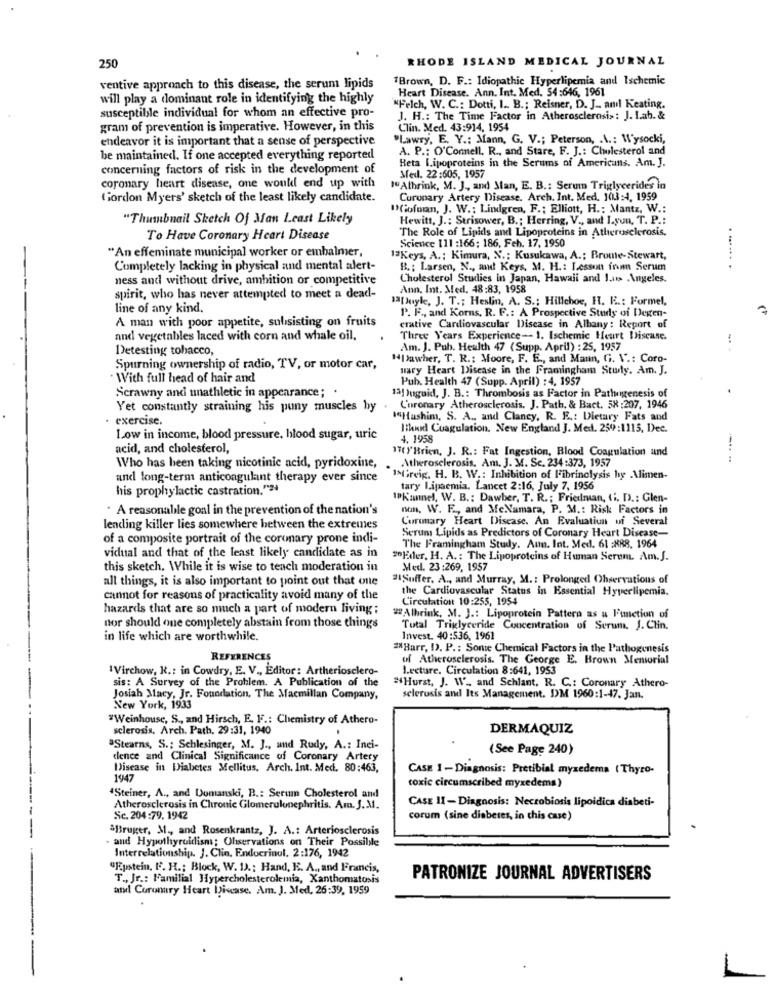
250
RHODE ISLAND MEDICAL JOURNAL
1Brown, D. F .: Idiopathic Hyperlipemia and Ischemic
ventive approach to this disease, the serum lipids
Heart Disease. Ann. Int. Med. 54:646, 1961
will play a dominant role in identifying the highly
"Felch, W. C .: Dotti, I. B .; Reisner, D. J .. anıl Keating.
susceptible individual for whom an effective pro-
J. H .: The Time Factor in Atherosclerosis: J. I.ah. &
gram of prevention is imperative. However, in this
Clin. Med. 43:914, 1954
endeavor it is important that a sense of perspective
"Lawry, E. Y .: Mann, G. V .; Peterson, . A .: Wysocki,
A. P .: O'Connell. R ., and Stare, F. J .: Cholesterol and
be maintained. If one accepted everything reported
concerning factors of risk in the development of
Beta Lipoproteins in the Serums of Americans. Am. J.
Med. 22:605, 1957
coronary heart disease, one would end up with
" Athrink, M. J ., and Man, E. B .: Serum Triglycerides in
(fordon Myers' sketch of the least likely candidate.
Coronary Artery Disease. Arch. Int. Med. 103:4, 1959
"Cofman, J. W .; Lindgren, F .; Elliott, H .: Mantz, W .:
"Thumbnail Sketch Of Man Least Likely
Hewitt, J .: Strisower, B .; Herring, V ., and Lyon, T. P .:
The Role of Lipids and Lipoproteins in Atherosclerosis,
To Have Coronary Heart Disease
"An effeminate municipal worker or embalmer,
Science [11 :166; 186, Feb. 17, 1950
1Keys, A .: Kimura, N .: Kusukawa, A .; Brome-Stewart,
. ... ...
Completely lacking in physical and mental alert-
B .: Larsen, N ., and Keys. M. H .: Lesson fram Serum
ness and without drive, ambition or competitive
Cholesterol Studies in Japan, Hawaii and J.us Angeles.
Ann. Int. Med. 48:83, 1958
spirit, who has never attempted to meet a dead-
1[yle, J. T .: Heslin, A. S .; Hillehoe, H. R .: Formel,
line of any kind.
P. F ., and Korns, R. F .: A Prospective Study of Degen-
A man with poor appetite, subsisting on fruits
crative Cardiovascular Disease in Albany: Report of
and vegetables laced with corn and whale oil.
Three Years Experience- 1. Ischemic Heart Disease.
Detesting tobacco,
Am. J. Puh. Health 47 (Supp. April) : 25, 1957
"pawher, T. R .: Moore, F. E ., and Maun, G. V .: Coro-
Spurning ownership of radio, TV, or motor car,
mary Heart Disease in the Framingham Study. Am. J.
With full head of hair and
Pub. Health 47 (Supp. April) : 4. 1957
Scrawny and unathletic in appearance;
1al Juguid, J. B .: Thrombosis as Factor in Pathogenesis of
Yet constantly straining his puny muscles by
Coronary Atherosclerosis, J. Path, & Bact. 58:207, 1946
· exercise.
1Hushim, S. A ., and Clancy, R. E .: Dietary Fats and
IHund Coagulation. New England J. Med. 259:1115, Dec.
Low in income, blood pressure, blood sugar, uric
4. 1958
acid, and cholesterol,
17( Y'Brien, J. R .: Fat Ingestion, Blood Coagulation and
Who has been taking nicotinic acid, pyridoxine,
Atherosclerosis. Am. J. M. Sc. 234:373, 1957
and long-term anticoagulant therapy ever since
I>Greig. H. B. W .: Inhibition of Fibrinolysis by Alimen-
his prophylactic castration."2
tary Lipaemia. Lancet 2:16, July 7, 1956
1Kannel, W. B .: Dawber, T. R .; Friedman, ti. D .: Glen-
. A reasonable goal in the prevention of the nation's
non, W. E ., and MeNamara, P. M .: Risk Factors in
Curtmary Heart Disease. An Evaluation wi Several
lending killer lies somewhere between the extremes
Serum Lipids as Predictors of Coronary Heart Disease-
of a composite portrait of the coronary prone indi-
The Framingham Study. Au. Int. Med. 61 :XB8, 1964
vidual and that of the least likely candidate as in
#Lider, H. A. : The Lipoproteins of Human Serum. Am. J.
this sketch. While it is wise to teach moderation in
Med. 23:269, 1957
all things, it is also important to point out that one
#Suffer. A ., and Murray, M .: Prolonged Observations of
the Cardiovascular Status in Essential Hyperlipemia.
cannot for reasons of practicality avoid many of the
Circulation: 10:255, 1954
hazards that are so much a part of modern living ;
2Albrink, M. J .: Lipoprotein Pattern as a Function of
nor should que completely abstain from those things
Tutal Triglyceride Concentration of Serum. J. Chin.
in life which are worthwhile.
Invest. 40:536, 1961
2*Barr, I). P .: Some Chemical Factors in the Pathogenesis
REFERENCES
of Atherosclerosis. The George E. Brown Memorial
1Virchow, R .: in Cowdry, E. V ., Editor: Artheriosclero-
Lecture. Circulation 8:641, 1953
sis: A Survey of the Problem. A Publication of the
"Hurst, J. W. and Schlant. R. C .: Coronary Athero-
Josiah Macy, Jr. Foundation, The Macmillan Company,
sclerosis and Its Management. DM 1960:1-47. Jan.
New York, 1933
"Weinhouse, S ., and Hirsch, E. FF .: Chemistry of Athero-
sclerosis. Arch. Path, 29:31, 1940
DERMAQUIZ
"Stearns, S .: Schlesinger, M. J ., and Rudy, A .: Inci-
(See Page 240)
dence and Clinical Significance of Coronary Artery
Disease in Diabetes Mellitus. Arch. Int. Med. 80:463,
CASE 1 - Diagnosis: Pretibial myzedema ( Thyro-
1947
toxic circumscribed myxedems)
Steiner, A ., and Domanski, B .: Serum Cholesterol and
CASE 11 -Diagnosis: Necrobiosis lipoidica diabeti-
Atherosclerosis in Chronic Glomerulonephritis. Am. J.M.
Sc. 204:79. 1942
corum (sine diabetes, in this case)
&Bruger, M ,, and Rosenkrantz, J. A .: Arteriosclerosis
. and Hypothyroidisms: Observations on Their Possibile
Interrelationship. J. Clin, Endocrinol. 2:176, 1942
"Epstein. F. H .; Block, W. D .: Hand, E. A ., and Francis,
T ., Jr .: Familial Hypercholesterolemia, Xanthomatosis
PATRONIZE JOURNAL ADVERTISERS
and Coronary Heart Disease. Am. J. Med, 26:39, 1959